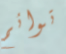
توائم